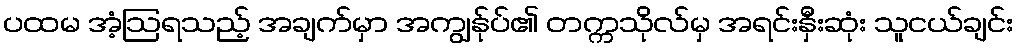
ပထမ အံ့ဩရသည့် အချက်မှာ အကျွန်ုပ်၏ တက္ကသိုလ်မှ အရင်းနှီးဆုံး သူငယ်ချင်း